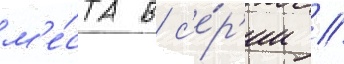
м'е́ста в с'е́р'ии //